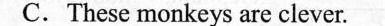
C. These monkeys are clever.